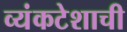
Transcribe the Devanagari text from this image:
व्यंकटेशाची